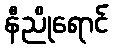
နီညိုရောင်